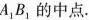
A_{1}B_{1}的中点。